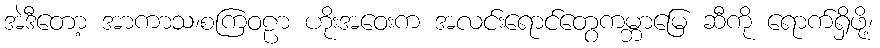
အဲဒီတော့ အာကာသ၊စကြဝဠာ ဟိုးအဝေးက အလင်းရောင်တွေကမ္ဘာမြေ ဆီကို ရောက်ရှိဖို့၊